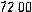
72.00